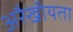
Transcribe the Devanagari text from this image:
अरैखीयता